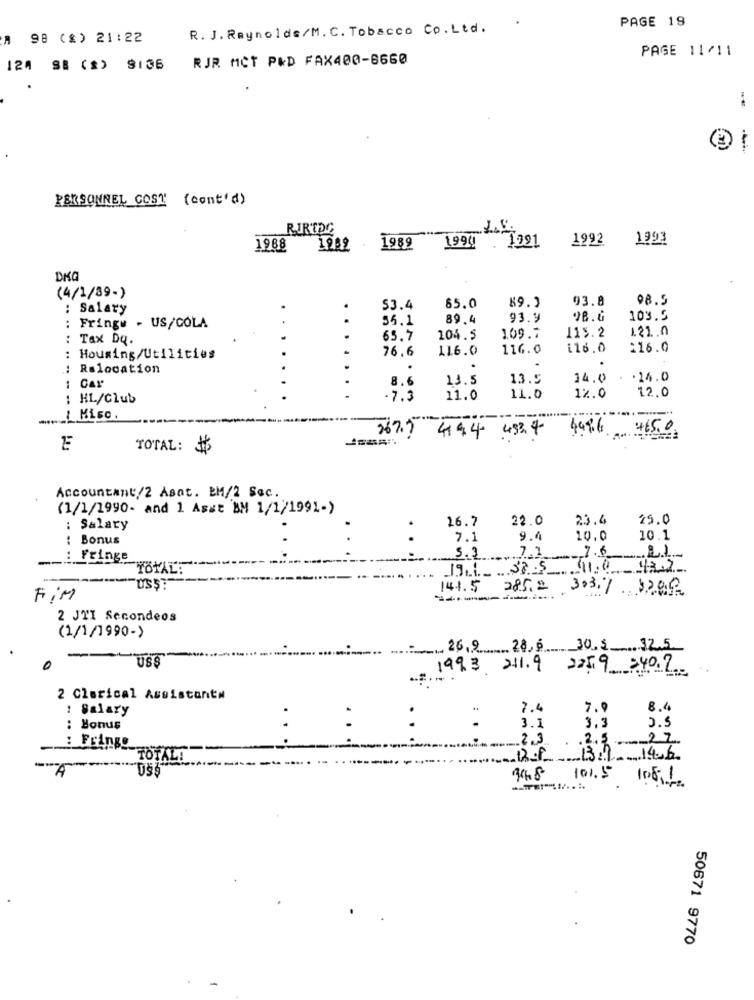
.
PAGE 19
R. J. Reynolds/M. C. Tobacco Co.Ltd.
A 98 (%) 21:22
PAGE 11/11
RJR MCT P&D FAX400-8660
124 SE (*) $136
PERSONNEL COST' (cont'd)
RIRTDC
1994
. 1991
1992
1993
1968
1939
1989
DKG
(4/1/39-)
89.3
93.8
98.5
: Salary
53.4
65.0
55.1
89.4
93.9
9B.G
103.5
Fringe - US/COLA
..
115. 2
1.21.0
..
Tax Dq.
65.7
104.5
109.7
76.6
116.0
116.0
116.0
216.0
: Housing/Utilities
Rslocation
Car
8.6
13.5
13.5
14.0
. 24.0
12.0
: HL/Club
-7.3
11.0
11.0
12.0
! Misc.
4496
465.0
5677 4194 4534
TOTAL:
$
Accountant/2 Asnt. BM/2 Sec.
(1/1/1990- and 1 Asst BM 1/1/1991-)
26.7
22.0
23.4
25.0
: Salary
Bonus
7.1
9.4
10.0
10.1
7.1
7.6
:Fringe
5.3
TOTAL:
US$?
141.5
285.2 303.7 3209
Fim
----
2 JTI Secondeos
(1/1/1990-)
26,9 28,6 30.5 32.5
0
1993 211.9 22519 240.2.
2 Clerical Assistant#
: Salary
7.4
7.9
8.4
0.5
: Bonus
:
:
.
3.1
3.2
.. ..
2.3
.2.3 .--- 2 Z.
: Fringo
TOTAL!
129 139-146
101.5 1002
50671 9770